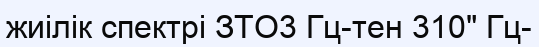
жиілік спектрі ЗТО3 Гц-тен 310" Гц-